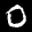
Label: 0